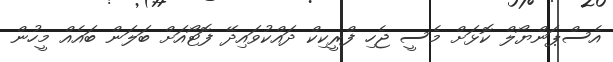
އެސްޕަންޔޯލް ކޮޅަށް މެސީ ޖެހި ފްރީކިކް ދައްކުވައިދޭ ފޮޓޯއަށް ބަލަން ބައެއް މީހުން